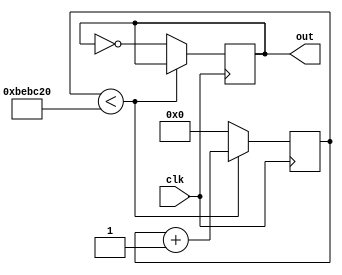
module div2(clk,out);

input clk;
output reg out;

reg [25:0]r;

always@(posedge clk)
begin
if (r<12500000)
	r<=r+1;
else
	begin
	r<=0;
	out=~out;
	end
end
endmodule